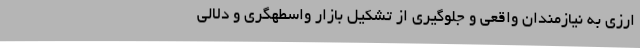
ارزی به نیازمندان واقعی و جلوگیری از تشکیل بازار واسطهگری و دلالی